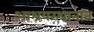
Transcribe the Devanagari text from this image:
आश्रयस्थानात